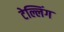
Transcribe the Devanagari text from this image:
टेल्लिंग